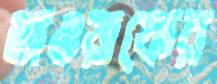
তাওয়াফের